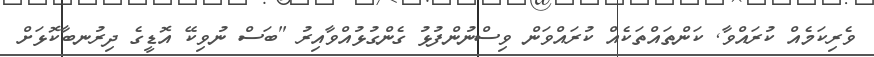
ވެރިކަމެއް ކުރައްވާ